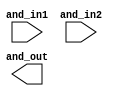
// SPDX-License-Identifier: Apache-2.0
// Copyright (C) 2019 Intel Corporation. 
//-----------------------------------------------------------------------------
//  Clock XOR macro
//-----------------------------------------------------------------------------

module altr_hps_ckand (
    input  wire              and_in1,     // and input 1
    input  wire              and_in2,     // and input 2
    output  wire             and_out      // and output
);

// -------------------
// Port declarations
// -------------------

wire   and_out_n;

// -----
// RTL
// -----

`ifdef ALTR_HPS_INTEL_MACROS_OFF
assign and_out = and_in1 & and_in2;

`else




`endif

endmodule